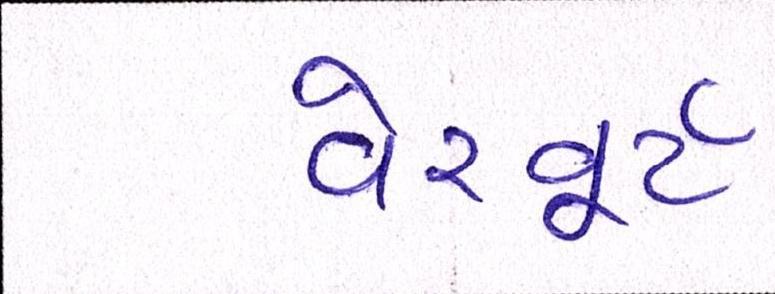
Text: વેરવૂર્ટ